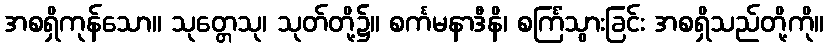
အစရှိကုန်သော။ သုတ္တေသု၊ သုတ်တို့၌။ စင်္ကမနာဒီနိ၊ စင်္ကြံသွားခြင်း အစရှိသည်တို့ကို။